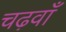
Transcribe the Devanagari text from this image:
चढ़वाँ